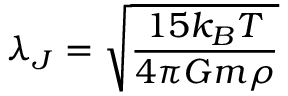
\lambda _ { J } = { \sqrt { \frac { 1 5 k _ { B } T } { 4 \pi G m \rho } } }